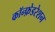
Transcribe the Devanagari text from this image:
कॉन्फ़ेडरेशन